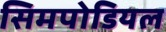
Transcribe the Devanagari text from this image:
सिमपोडियल